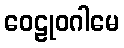
ဝေဠုဝဂါမေ